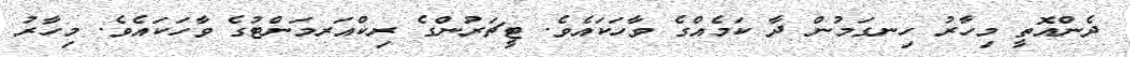
ދެންއޮތީ މިހާރު ހިނގަމުން ދާ ކަމެއްގެ ވާހަކައެވެ. ޓީޗަރުންގެ ރިކްއަރމަންޓުގެ ވާހަކައެވެ. މިހާރު